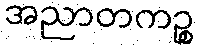
အညာတကဉ္စ